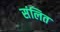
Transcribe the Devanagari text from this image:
संलित